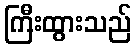
ကြီးထွားသည်